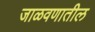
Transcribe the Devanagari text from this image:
जाळवणातील